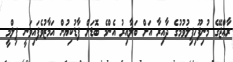
ރާއްޖޭގެ މުނިފޫހިފިލުވުމުގެ ދާއިރާ އަށް ބަލާއިރު އެންމެ ބޮޑަށް ފާޑުކިޔުން އަމާޒުވެފައިވަނީ ފިލްމީ